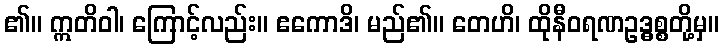
၏။ ဣတိဝါ၊ ကြောင့်လည်း။ ဧကောဒိ၊ မည်၏။ တေဟိ၊ ထိုနီဝရဏဥဒ္ဓစ္စတို့မှ။